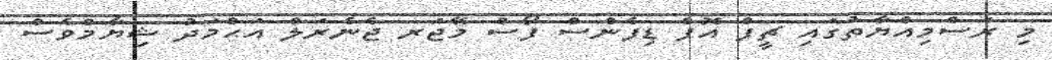
މި ރަސްމިއްޔާތުގައި ޗީފް އޮފް ޑިފެންސް ފޯސް މޭޖަރ ޖެނެރަލް އަޙްމަދު ޝިޔާމްވެސް